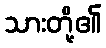
သားတို့၏